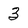
Character: 3